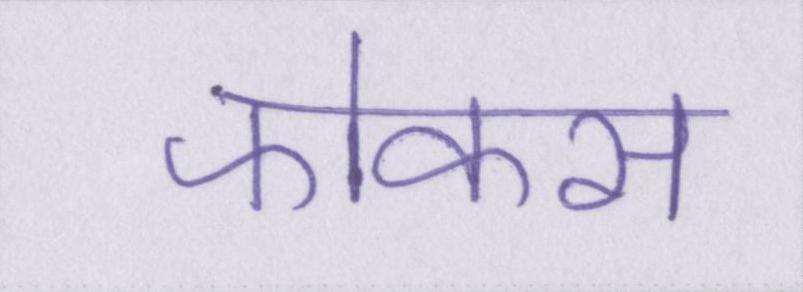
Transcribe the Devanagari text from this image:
फोकस